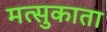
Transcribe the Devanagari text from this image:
मत्सुकाता